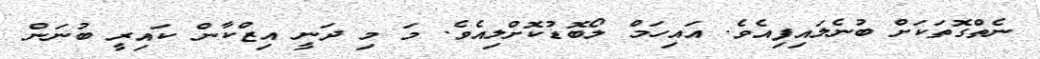
ނެތްގޮތަކަށް ބުނެލައިފިއެވެ. އައިހަމް ލޯބޮޑުކޮށްލިއެވެ. މަ މި ދަނީ އިޒްކާން ކައިރީ ބުނަން